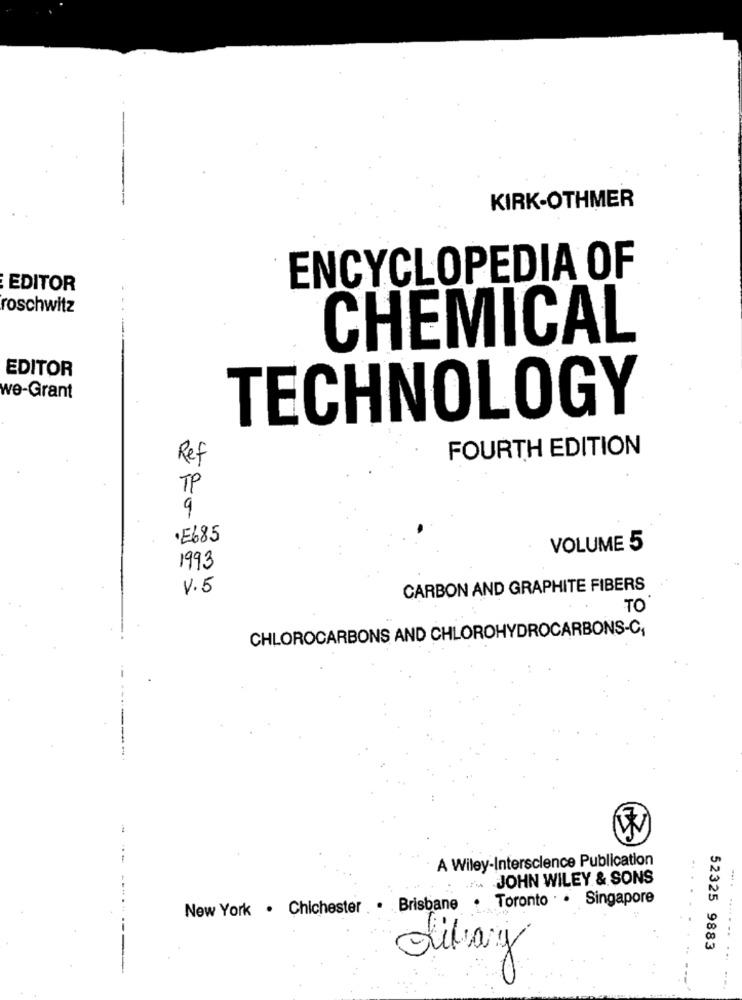
KIRK-OTHMER
ENCYCLOPEDIA OF
EDITOR
roschwitz
CHEMICAL
EDITOR
we-Grant
TECHNOLOGY
FOURTH EDITION
Ref
TP
9
.E685
VOLUME 5
1993
V.5
CARBON AND GRAPHITE FIBERS
TO
CHLOROCARBONS AND CHLOROHYDROCARBONS-C,
-----.
-
A Wiley-Interscience Publication
JOHN WILEY & SONS
Brisbane . Toronto . . Singapore
New York . Chichester
52325 9883
Libary
.... ..... .. ... ...